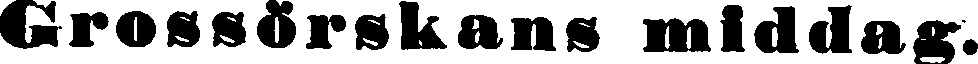
Grossörskans middag.